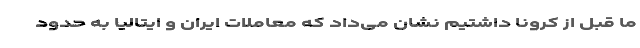
ما قبل از کرونا داشتیم نشان می‌داد که معاملات ایران و ایتالیا به حدود